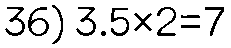
36) 3.5×2=7